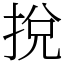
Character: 挩